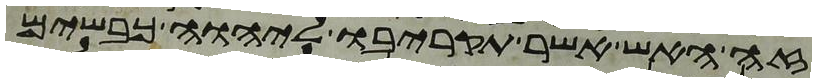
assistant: זה האש אשר תקריבו ליהוה כבשים